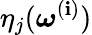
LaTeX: \eta_{j}(\boldsymbol{\omega}^{(\mathbf{i})})